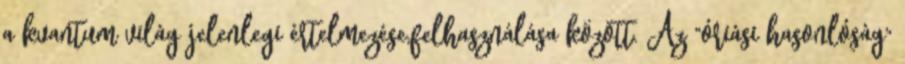
a kvantum világ jelenlegi értelmezése,felhasználása között. Az "óriási hasonlóság"